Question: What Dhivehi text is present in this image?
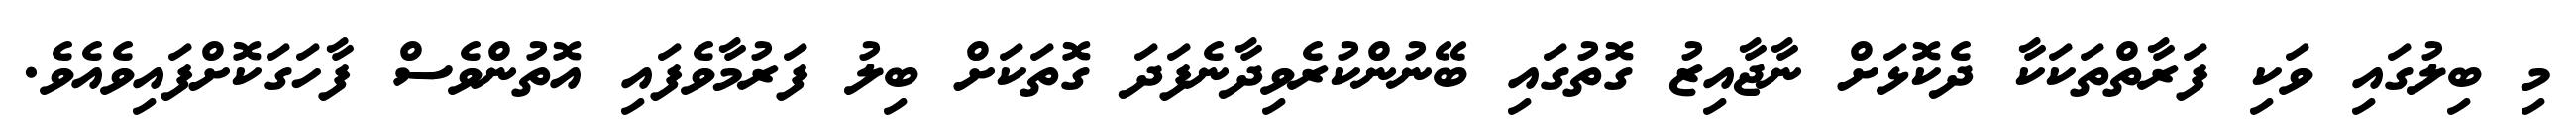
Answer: މި ބިލުގައި ވަކި ފަރާތްތަކަކާ ދެކޮޅަށް ނާޖާއިޒު ގޮތުގައި ބޭނުންކުރެވިދާނެފަދަ ގޮތަކަށް ބިލު ފަރުމާވެފައި އޮތުންވެސް ފާހަގަކޮށްފައިވެއެވެ.